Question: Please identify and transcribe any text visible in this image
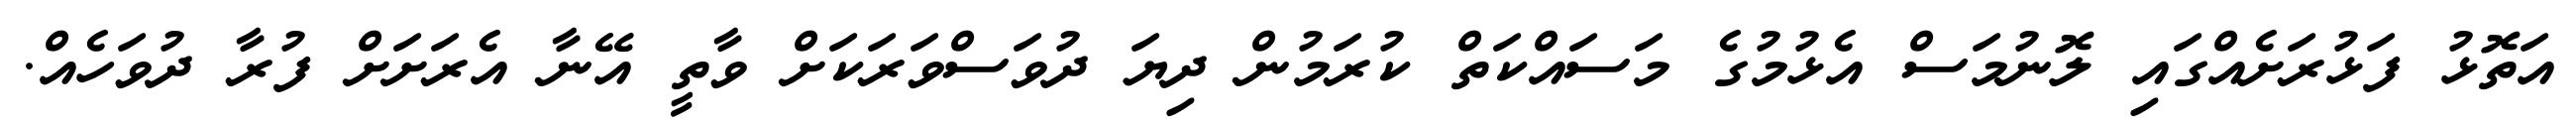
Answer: އަތޮޅު ފަޅުރަށެއްގައި ލޮނުމަސް އެޅުމުގެ މަސައްކަތް ކުރަމުން ދިޔަ ދުވަސްވަރަކަށް ވާތީ އޭނާ އެރަށަށް ފުރާ ދުވަހެއް.